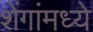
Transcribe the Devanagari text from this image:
शेंगांमध्ये